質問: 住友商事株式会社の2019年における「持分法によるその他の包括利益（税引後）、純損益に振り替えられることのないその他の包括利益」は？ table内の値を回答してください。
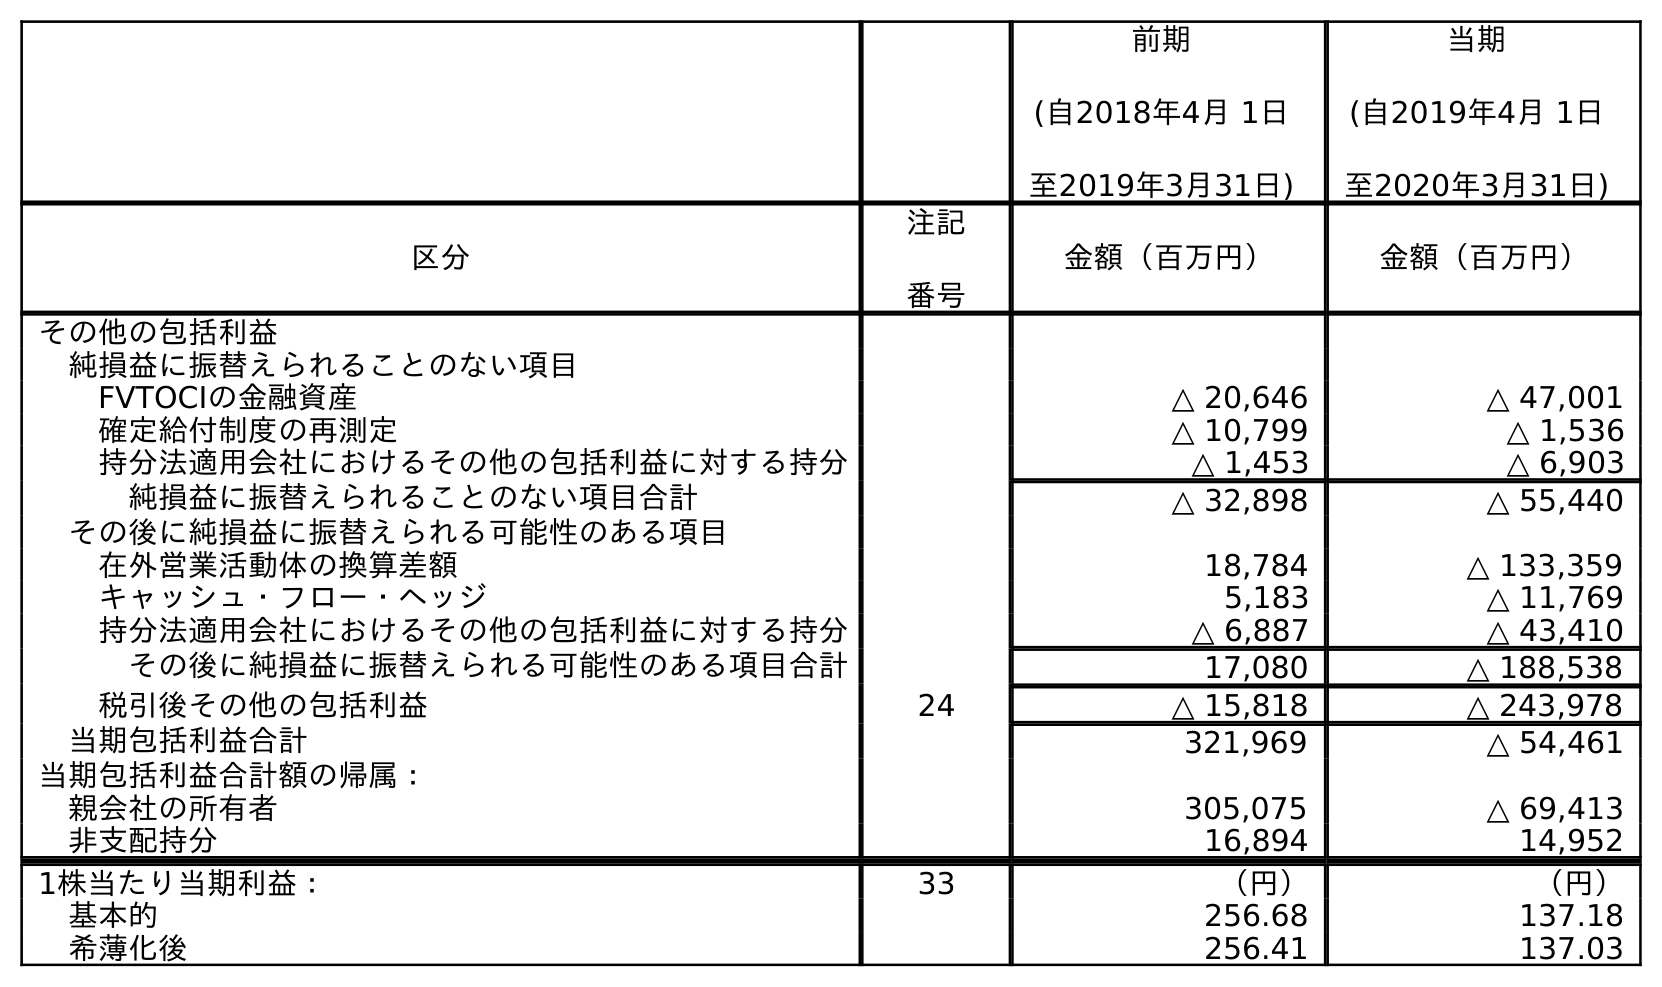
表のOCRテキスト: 前期 (自2018年4月 1日 至2019年3月31日) 当期 (自2019年4月 1日 至2020年3月31日) 区分 注記 番号 金額（百万円） 金額（百万円） その他の包括利益 純損益に振替えられることのない項目 FVTOCIの金融資産 △ 20,646 △ 47,001 確定給付制度の再測定 △ 10,799 △ 1,536 持分法適用会社におけるその他の包括利益に対する持分 △ 1,453 △ 6,903 純損益に振替えられることのない項目合計 △ 32,898 △ 55,440 その後に純損益に振替えられる可能性のある項目 在外営業活動体の換算差額 18,784 △ 133,359 キャッシュ・フロー・ヘッジ 5,183 △ 11,769 持分法適用会社におけるその他の包括利益に対する持分 △ 6,887 △ 43,410 その後に純損益に振替えられる可能性のある項目合計 17,080 △ 188,538 税引後その他の包括利益 24 △ 15,818 △ 243,978 当期包括利益合計 321,969 △ 54,461 当期包括利益合計額の帰属： 親会社の所有者 305,075 △ 69,413 非支配持分 16,894 14,952 1株当たり当期利益： 33 （円） （円） 基本的 256.68 137.18 希薄化後 256.41 137.03
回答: △1,453